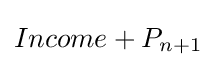
Income+P_{n+1}